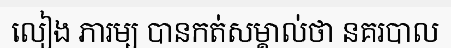
លៀង ភារម្យ បានកត់សម្គាល់ថា នគរបាល